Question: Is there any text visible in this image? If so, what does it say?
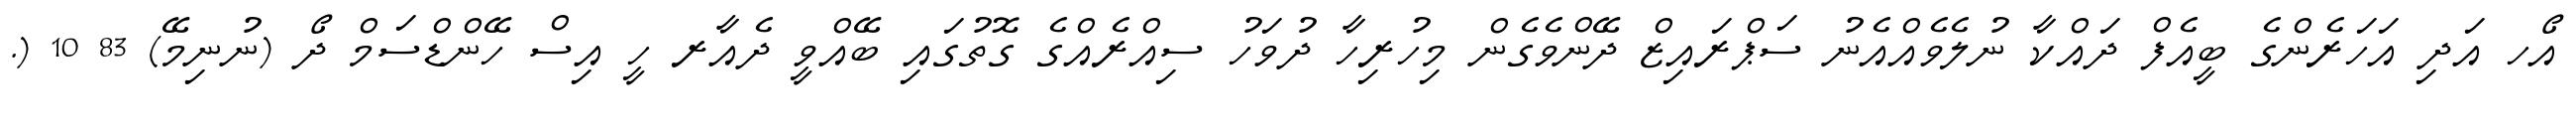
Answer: އޯހ އަދި އަހަރެންގެ ބީއެފް ދައްކާ ނުލެވެއްއެނު ސަޕްރައިޒް ދޭންވެގެން މިހުރިހާ ދުވަހު ސިއްރެއްގެ ގޮތުގައި ބޭއްވީ ދެއާރ ހީ އިސް ހޭންޑްސަމް ދޯ (ނުނިމޭ) 83 10 (.